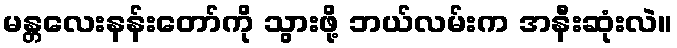
မန္တလေးနန်းတော်ကို သွားဖို့ ဘယ်လမ်းက အနီးဆုံးလဲ။